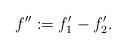
LaTeX: \begin{align*} f'':=f_1'-f_2'. \end{align*}